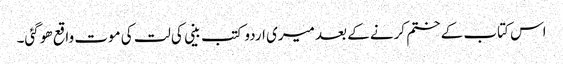
اس کتاب کے ختم کرنے کے بعد میری اردو کتب بینی کی لت کی موت واقع ھو گئی۔